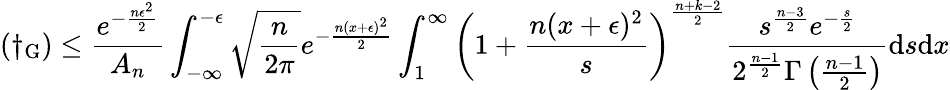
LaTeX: (\dagger_{\mathrm{G}})\leq\frac{e^{-\frac{n\epsilon^{2}}{2}}}{A_{n}}\int_{-\infty}^{-\epsilon}\sqrt{\frac{n}{2\pi}}e^{-\frac{n(x+\epsilon)^{2}}{2}}\int_{1}^{\infty}\left(1+\frac{n(x+\epsilon)^{2}}{s}\right)^{\frac{n+k-2}{2}}\frac{s^{\frac{n-3}{2}}e^{-\frac{s}{2}}}{2^{\frac{n-1}{2}}\Gamma\left(\frac{n-1}{2}\right)}\mathrm{d}s\mathrm{d}x